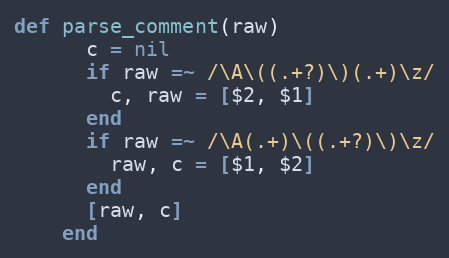
Language: Ruby
def parse_comment(raw)
      c = nil
      if raw =~ /\A\((.+?)\)(.+)\z/
        c, raw = [$2, $1]
      end
      if raw =~ /\A(.+)\((.+?)\)\z/
        raw, c = [$1, $2]
      end
      [raw, c]
    end